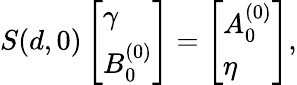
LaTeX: S(d,0)\left[\begin{array}{l}{\gamma}\\ {B_{0}^{(0)}}\end{array}\right]=\left[\begin{array}{l}{A_{0}^{(0)}}\\ {\eta}\end{array}\right],